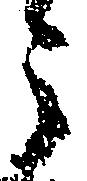
之